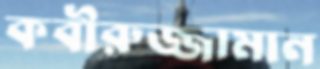
কবীরুজ্জামান